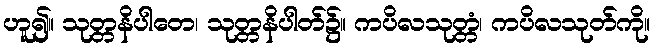
ဟူ၍။ သုတ္တနိပါတေ၊ သုတ္တနိပါတ်၌။ ကပိလသုတ္တံ၊ ကပိလသုတ်ကို။